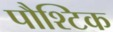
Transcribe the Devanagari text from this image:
पौश्टिक